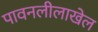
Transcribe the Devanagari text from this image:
पावनलीलाखेल